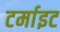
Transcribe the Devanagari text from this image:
टर्माइट